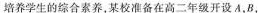
培养学生的综合素养，某校准备在高二年级开设A，B，